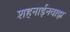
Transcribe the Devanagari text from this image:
शहनाईनवाझ